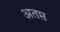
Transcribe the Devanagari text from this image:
अतप्त